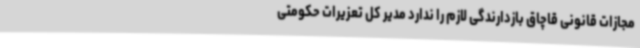
مجازات قانونی قاچاق بازدارندگی لازم را ندارد مدیر کل تعزیرات حکومتی